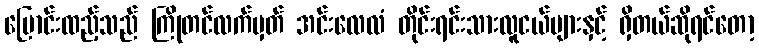
ပြောင်းထည့်သည် ကြိုတင်လက်မှတ် အင်းလေလံ တိုင်းရင်းသားလူငယ်များနှင့် ရှိတယ်ဆိုရင်တော့